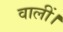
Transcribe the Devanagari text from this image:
वालीं।